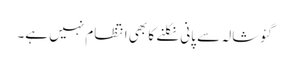
گئوشالہ سے پانی نکلنے کا بھی انتظام نہیں ہے۔